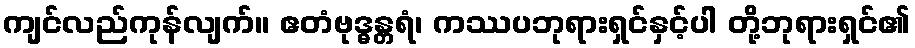
ကျင်လည်ကုန်လျက်။ ဧတံဗုဒ္ဓန္တရံ၊ ကဿပဘုရားရှင်နှင့်ပါ တို့ဘုရားရှင်၏